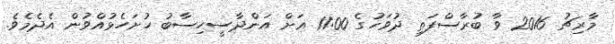
މާރިޗު 2016 ވާ ބުރާސްފަތި ދުވަހުގެ 11:00 އަށް އަންދާސީހިސާބު ހުށަހެޅުއްވުން އެދެމެވެ.